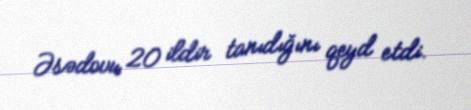
Əsədovu 20 ildir tanıdığını qeyd etdi.